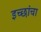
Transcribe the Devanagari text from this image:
इच्छांचा